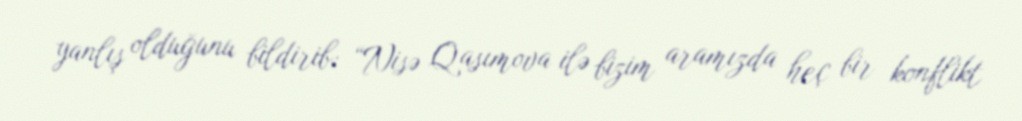
yanlış olduğunu bildirib: “Nisə Qasımova ilə bizim aramızda heç bir konflikt